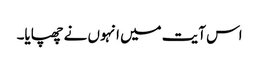
اس آیت میں انہوں نے چھپایا۔